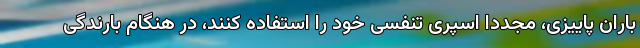
باران پاییزی، مجددا اسپری‌ تنفسی خود را استفاده کنند، در هنگام بارندگی